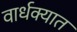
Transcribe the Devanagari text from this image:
वार्धक्यात